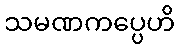
သမဏကပ္ပေဟိ